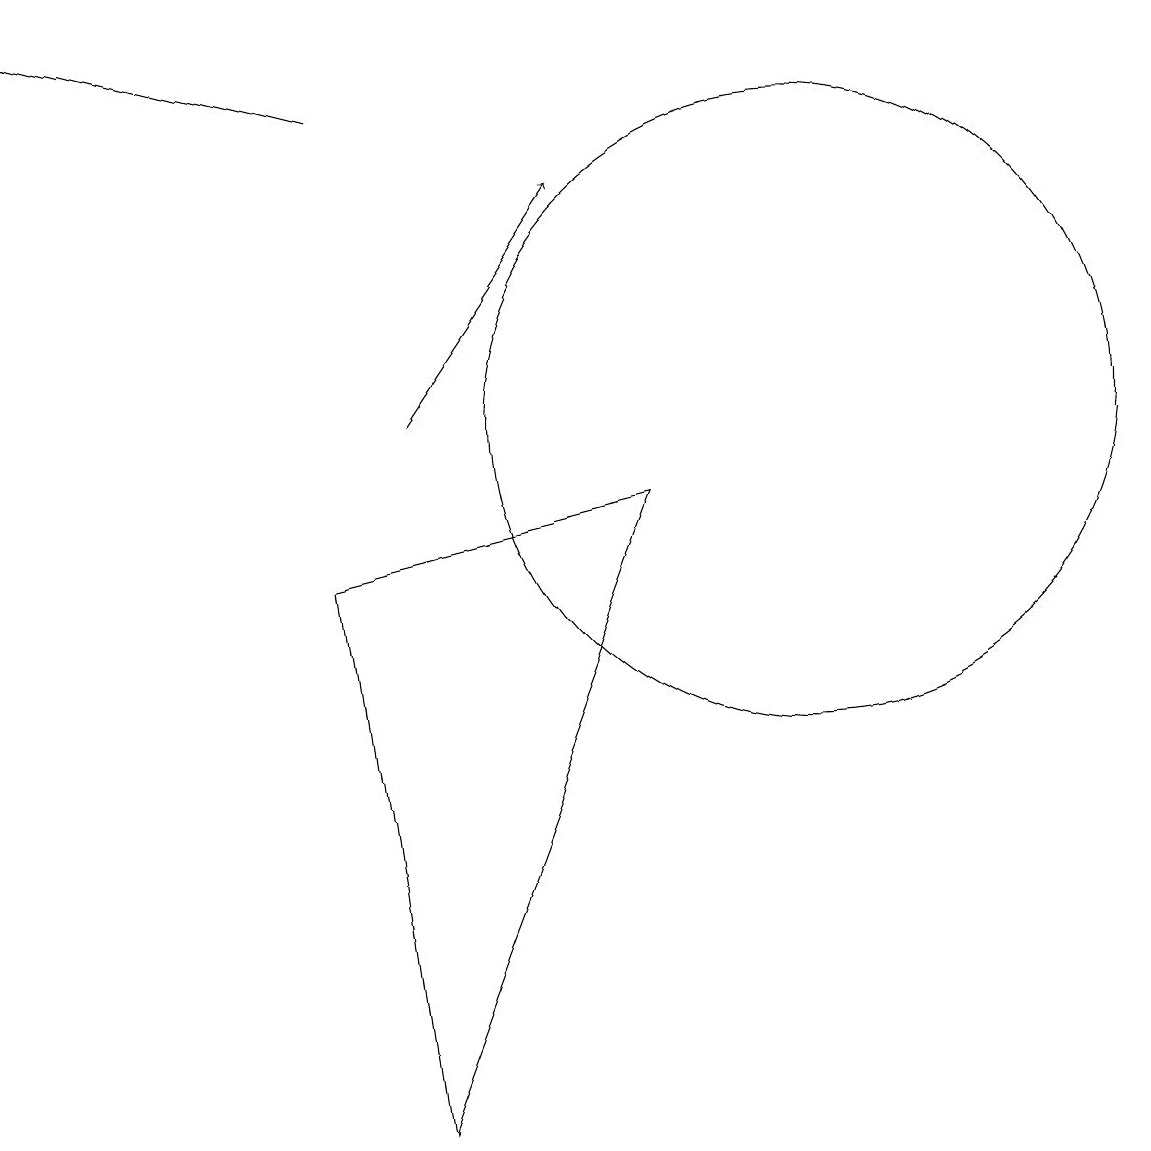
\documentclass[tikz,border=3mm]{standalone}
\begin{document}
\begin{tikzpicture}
\draw[->] (5,14) -- (1,15);
\draw (11,10) circle (4);
\draw[->] (6,10) -- (8,13);
\draw (5,8) -- (9,9) -- (6,1) -- cycle;
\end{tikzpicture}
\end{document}